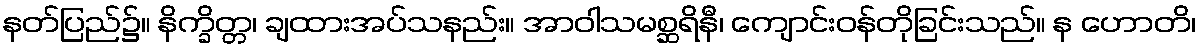
နတ်ပြည်၌။ နိက္ခိတ္တ၊ ချထားအပ်သနည်း။ အာဝါသမစ္ဆရိနီ၊ ကျောင်းဝန်တိုခြင်းသည်။ န ဟောတိ၊